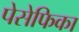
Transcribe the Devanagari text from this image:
पेसेफिका